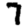
Digit: 7